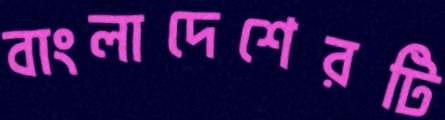
বাংলাদেশেরটি